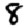
Digit: 8